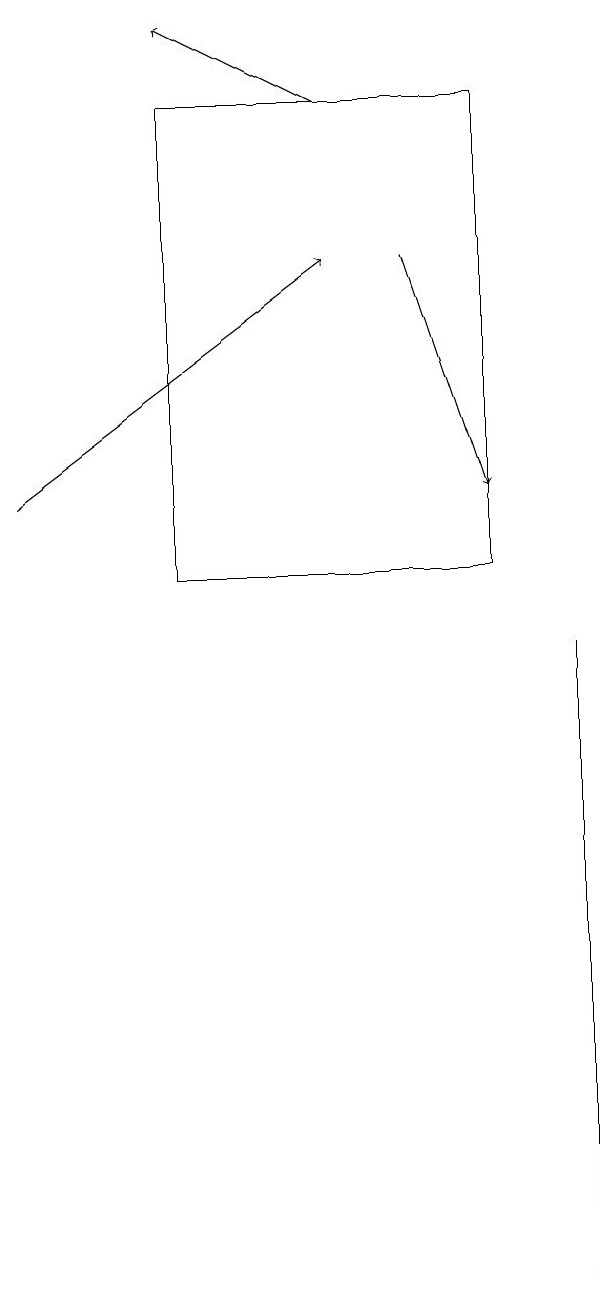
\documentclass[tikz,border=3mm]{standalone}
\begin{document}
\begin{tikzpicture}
\draw[->] (7,14) -- (8,11);
\draw (4,10) rectangle (8,16);
\draw[->] (6,16) -- (4,17);
\draw (9,6) -- (9,1) -- (9,9) -- cycle;
\draw[->] (2,11) -- (6,14);
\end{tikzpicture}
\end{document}